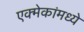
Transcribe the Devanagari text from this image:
एक्मेकांमध्ये